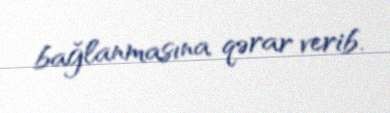
bağlanmasına qərar verib.